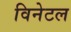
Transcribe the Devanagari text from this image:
विनेटल